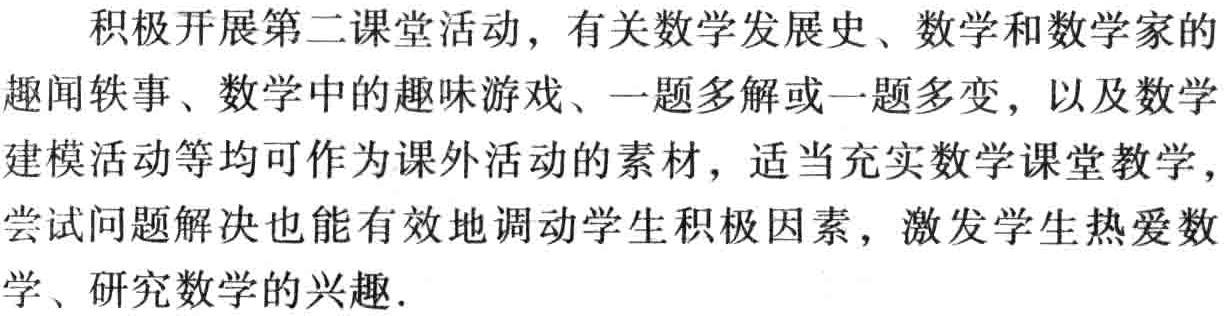
积极开展第二课堂活动，有关数学发展史、数学和数学家的趣闻轶事、数学中的趣味游戏、一题多解或一题多变，以及数学建模活动等均可作为课外活动的素材，适当充实数学课堂教学，尝试问题解决也能有效地调动学生积极因素，激发学生热爱数学、研究数学的兴趣.